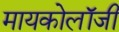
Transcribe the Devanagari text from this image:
मायकोलॉजी